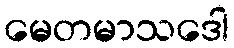
မေတမာသဒေါ